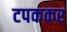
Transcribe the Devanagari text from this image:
टपककर